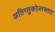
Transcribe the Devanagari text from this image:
अतिग्लुकोज़रक्तता